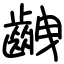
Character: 齥